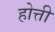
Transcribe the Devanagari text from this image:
होत्ती